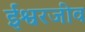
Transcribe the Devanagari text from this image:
ईश्वरजीव